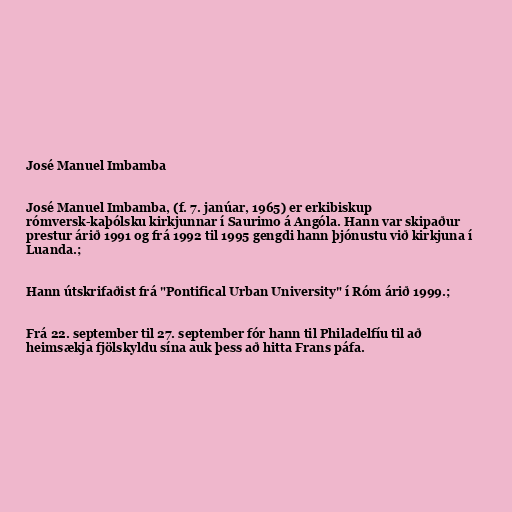
José Manuel Imbamba

José Manuel Imbamba, (f. 7. janúar, 1965) er erkibiskup
rómversk-kaþólsku kirkjunnar í Saurimo á Angóla. Hann var skipaður
prestur árið 1991 og frá 1992 til 1995 gengdi hann þjónustu við kirkjuna í
Luanda.;

Hann útskrifaðist frá "Pontifical Urban University" í Róm árið 1999.;

Frá 22. september til 27. september fór hann til Philadelfíu til að
heimsækja fjölskyldu sína auk þess að hitta Frans páfa.